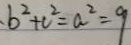
b ^ { 2 } + c ^ { 2 } = a ^ { 2 } = 9